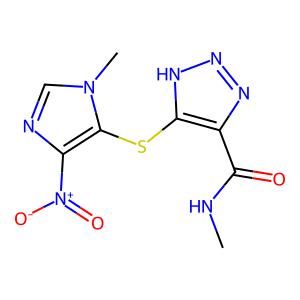
SMILES: CNC(=O)c1nn[nH]c1Sc1c([N+](=O)[O-])ncn1C
Inhibits HIV replication: No